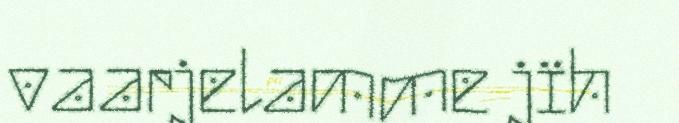
vaarjelamme jïh